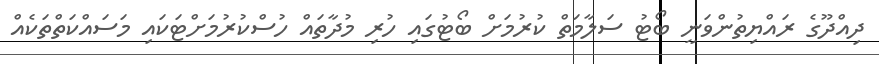
ދިއްދޫގެ ރައްޔިތުންވަނީ ބޯޓު ސަލާމަތް ކުރުމަށް ބޯޓުގައި ހުރި މުދާތައް ހުސްކުރުމަށްޓަކައި މަސައްކަތްތަކެއް